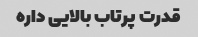
قدرت پرتاب بالایی داره